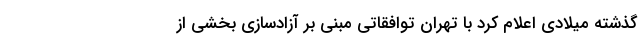
گذشته میلادی اعلام کرد با تهران توافقاتی مبنی بر آزادسازی بخشی از